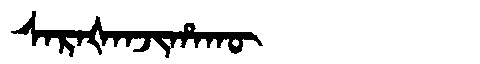
Manchu: ᠰᠠᡵᠠᡧᠠᠨᠵᡳᡥᠠᡴᡡ
Romanization: SARAŠANJIHAKŪ